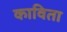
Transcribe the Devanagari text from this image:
काविता